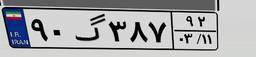
۹۰گ۳۸۷۹۲